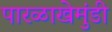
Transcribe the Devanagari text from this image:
पारळाखेमुंडी